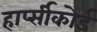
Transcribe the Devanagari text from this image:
हार्प्सीकोर्ड